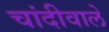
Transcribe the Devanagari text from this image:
चांदीवाले